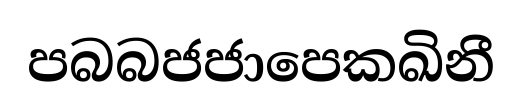
පබබජජාපෙකඛිනී